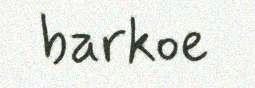
barkoe